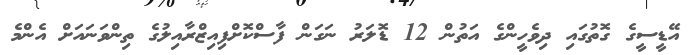
އޭޑީސީގެ ގޮތުގައި ދިވެހީންގެ އަތުން 12 ޑޮލަރު ނަގަން ފާސްކޮށްފިއިޒްރާއިލުގެ ތިންވަނައަށް އެންމެ